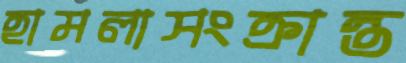
হামলাসংক্রান্ত